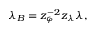
\lambda _ { B } = z _ { \varphi } ^ { - 2 } z _ { \lambda } \lambda ,